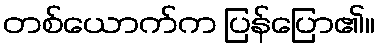
တစ်ယောက်က ပြန်ပြော၏။